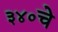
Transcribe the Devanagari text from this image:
३४०चे